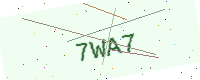
Text: 7WA7